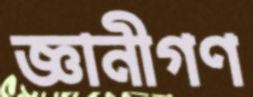
জ্ঞানীগণ